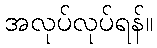
အလုပ်လုပ်ရန်။